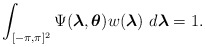
\begin{align*} \displaystyle\int_{[-\pi,\pi]^{2}} \Psi(\boldsymbol{\lambda},\boldsymbol{\theta}) w(\boldsymbol{\lambda}) \, \, d\boldsymbol{\lambda} =1. \end{align*}